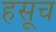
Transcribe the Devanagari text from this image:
हसूच